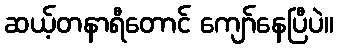
ဆယ့်တနာရီတောင် ကျော်နေပြီပဲ။